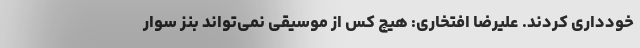
خودداری کردند. علیرضا افتخاری: هیچ کس از موسیقی نمی‌تواند بنز سوار